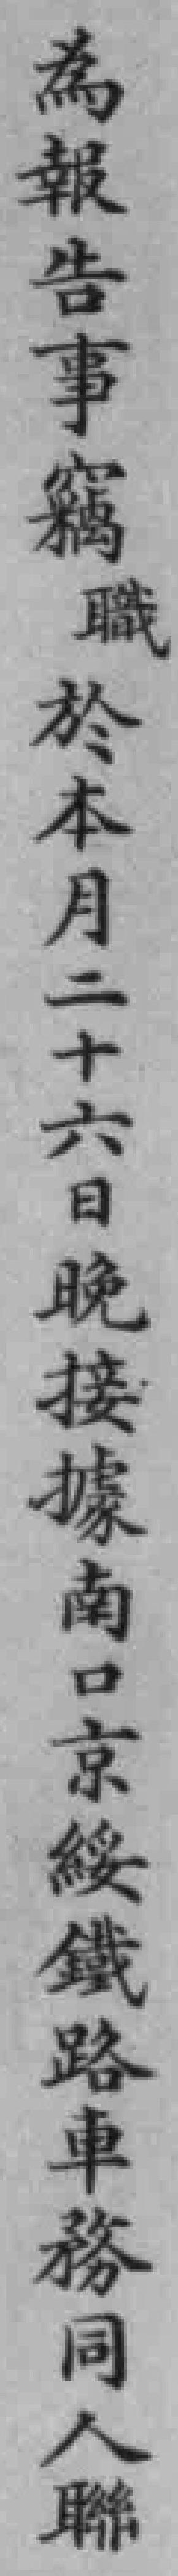
為報告事竊職於本月二十六日晚接據南口京綏鐵路車務同人聯